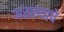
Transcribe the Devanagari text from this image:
असल्‍याचे